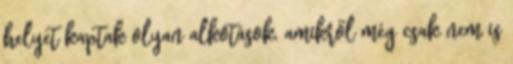
helyet kaptak olyan alkotások, amikről még csak nem is